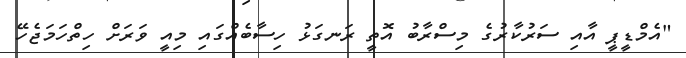
"އެމްޑީޕީ އާއި ސަރުކާރުގެ މިސްރާބު އޮތީ ރަނގަޅު ހިސާބެއްގައި މިއީ ވަރަށް ހިތްހަމަޖެހޭ